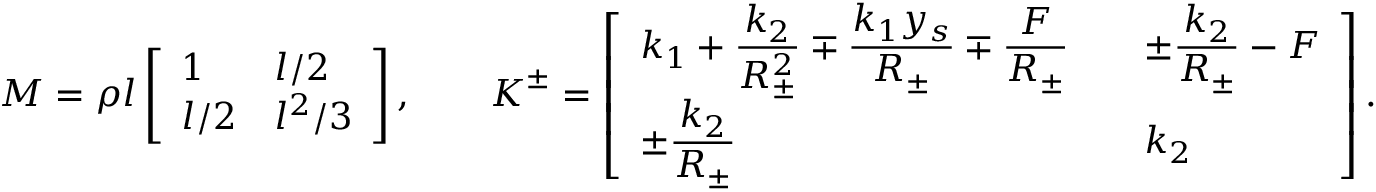
\boldsymbol { M } = \rho l \left[ \begin{array} { l l } { 1 } & { l / 2 } \\ { l / 2 } & { l ^ { 2 } / 3 } \end{array} \right] , \qquad \boldsymbol { K } ^ { \pm } = \left[ \begin{array} { l l } { \displaystyle k _ { 1 } + \frac { k _ { 2 } } { R _ { \pm } ^ { 2 } } \mp \frac { k _ { 1 } y _ { s } } { R _ { \pm } } \mp \frac { F } { R _ { \pm } } \quad } & { \displaystyle \pm \frac { k _ { 2 } } { R _ { \pm } } - F } \\ { \displaystyle \pm \frac { k _ { 2 } } { R _ { \pm } } } & { k _ { 2 } } \end{array} \right] .